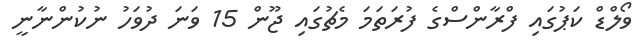
ވޯލްޑް ކަޕުގައި ފްރާންސްގެ ފުރަތަމަ މެޗުގައި ޖޫން 15 ވަނަ ދުވަހު ނުކުންނާނީ